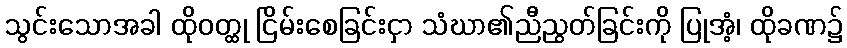
သွင်းသောအခါ ထိုဝတ္ထု ငြိမ်းစေခြင်းငှာ သံဃာ၏ညီညွတ်ခြင်းကို ပြုအံ့၊ ထိုခဏ၌